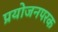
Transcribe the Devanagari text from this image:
प्रयोजनपरक